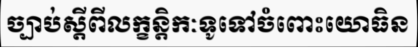
ច្បាប់ស្តីពីលក្ខន្តិកៈទូទៅចំពោះយោធិន